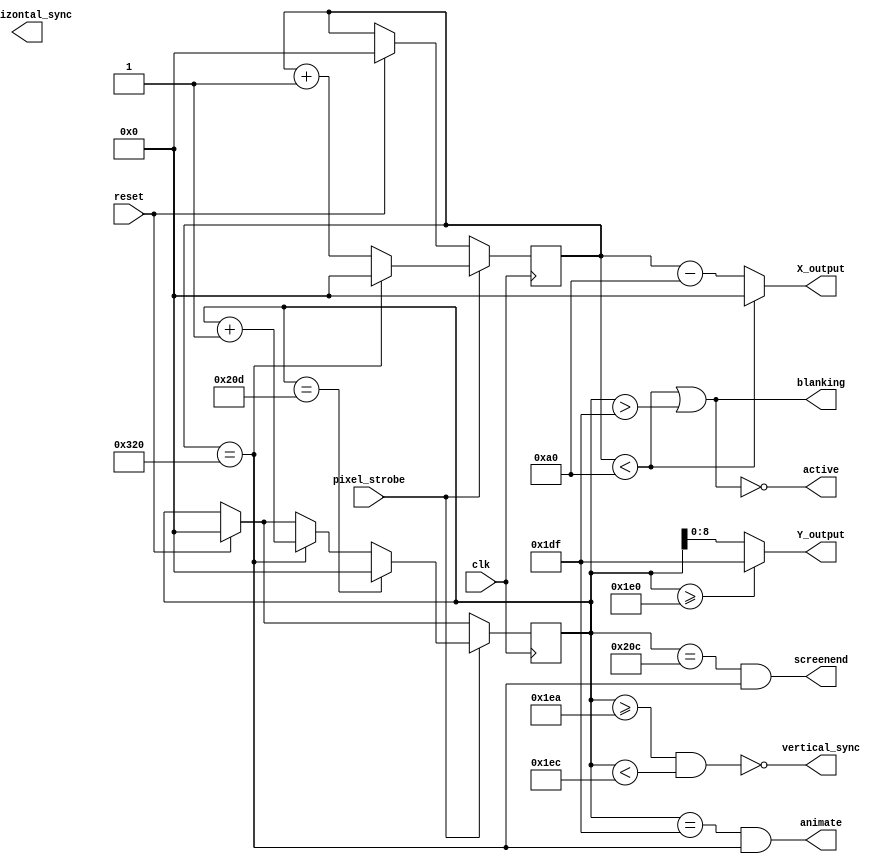
module VGA_controller(
    input clk,                      // Clock input
    input pixel_strobe,             // Pixel Clock Strobe
    input reset,                    // Reset: restarts frame
    output wire horizontal_sync,    // Horizontal Sync
    output wire vertical_sync,      // Vertical Sync
    output wire blanking,           // high during blanking interval
    output wire active,             // high during active pixel drawing
    output wire screenend,          // high for one tick at the end of screen
    output wire animate,            // high for one tick at end of active drawing
    output wire [9:0] X_output,            // current pixel x position
    output wire [8:0] Y_output             // current pixel y position
);


reg [9:0] horizontal_count;
reg [9:0] vertical_count;

// VGA timings https://timetoexplore.net/blog/video-timings-vga-720p-1080p
localparam HS_STA = 16;              // horizontal sync start
localparam HS_END = 16 + 96;         // horizontal sync end
localparam HA_STA = 16 + 96 + 48;    // horizontal active pixel start
localparam VS_STA = 480 + 10;        // vertical sync start
localparam VS_END = 480 + 10 + 2;    // vertical sync end
localparam VA_END = 480;             // vertical active pixel end
localparam LINE   = 800;             // complete line (pixels)
localparam SCREEN = 525;             // complete screen (lines)

// generate sync signals (active low for 640x480)
assign hoizontal_sync = ~((horizontal_count >= HS_STA) & (horizontal_count < HS_END));
assign vertical_sync = ~((vertical_count >= VS_STA) & (vertical_count < VS_END));

// keep x and y bound within the active pixels
assign X_output = (horizontal_count < HA_STA) ? 0 : (horizontal_count - HA_STA);
assign Y_output = (vertical_count >= VA_END) ? (VA_END - 1) : (vertical_count);

// blanking: high within the blanking period
assign blanking = ((horizontal_count < HA_STA) | (vertical_count > VA_END - 1));

// active: high during active pixel drawing
assign active = ~((horizontal_count < HA_STA) | (vertical_count > VA_END - 1)); 

// screenend: high for one tick at the end of the screen
assign screenend = ((vertical_count == SCREEN - 1) & (horizontal_count == LINE));

// animate: high for one tick at the end of the final active pixel line
assign animate = ((vertical_count == VA_END - 1) & (horizontal_count == LINE));


always @ (posedge clk)
begin
    if (reset)  // reset to start of frame
    begin
        horizontal_count <= 0;
        vertical_count <= 0;
    end
    if (pixel_strobe)  // once per pixel
    begin
        if (horizontal_count == LINE)  // end of line
        begin
            horizontal_count <= 0;
            vertical_count <= vertical_count + 1;
        end
        else 
            horizontal_count <= horizontal_count + 1;
        if (vertical_count == SCREEN)  // end of screen
            vertical_count <= 0;
    end
end

endmodule